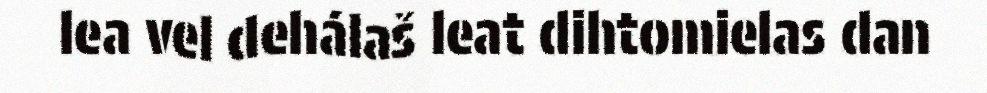
lea vel dehálaš leat dihtomielas dan